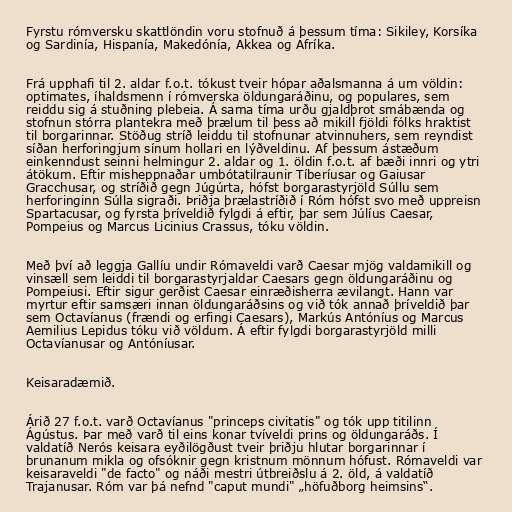
Fyrstu rómversku skattlöndin voru stofnuð á þessum tíma: Sikiley, Korsíka
og Sardinía, Hispanía, Makedónía, Akkea og Afríka.

Frá upphafi til 2. aldar f.o.t. tókust tveir hópar aðalsmanna á um völdin:
optimates, íhaldsmenn í rómverska öldungaráðinu, og populares, sem
reiddu sig á stuðning plebeia. Á sama tíma urðu gjaldþrot smábænda og
stofnun stórra plantekra með þrælum til þess að mikill fjöldi fólks hraktist
til borgarinnar. Stöðug stríð leiddu til stofnunar atvinnuhers, sem reyndist
síðan herforingjum sínum hollari en lýðveldinu. Af þessum ástæðum
einkenndust seinni helmingur 2. aldar og 1. öldin f.o.t. af bæði innri og ytri
átökum. Eftir misheppnaðar umbótatilraunir Tíberíusar og Gaiusar
Gracchusar, og stríðið gegn Júgúrta, hófst borgarastyrjöld Súllu sem
herforinginn Súlla sigraði. Þriðja þrælastríðið í Róm hófst svo með uppreisn
Spartacusar, og fyrsta þríveldið fylgdi á eftir, þar sem Júlíus Caesar,
Pompeius og Marcus Licinius Crassus, tóku völdin.

Með því að leggja Gallíu undir Rómaveldi varð Caesar mjög valdamikill og
vinsæll sem leiddi til borgarastyrjaldar Caesars gegn öldungaráðinu og
Pompeiusi. Eftir sigur gerðist Caesar einræðisherra ævilangt. Hann var
myrtur eftir samsæri innan öldungaráðsins og við tók annað þríveldið þar
sem Octavíanus (frændi og erfingi Caesars), Markús Antóníus og Marcus
Aemilius Lepidus tóku við völdum. Á eftir fylgdi borgarastyrjöld milli
Octavíanusar og Antóníusar.

Keisaradæmið.

Árið 27 f.o.t. varð Octavíanus "princeps civitatis" og tók upp titilinn
Ágústus. Þar með varð til eins konar tvíveldi prins og öldungaráðs. Í
valdatíð Nerós keisara eyðilögðust tveir þriðju hlutar borgarinnar í
brunanum mikla og ofsóknir gegn kristnum mönnum hófust. Rómaveldi var
keisaraveldi "de facto" og náði mestri útbreiðslu á 2. öld, á valdatíð
Trajanusar. Róm var þá nefnd "caput mundi" „höfuðborg heimsins“.